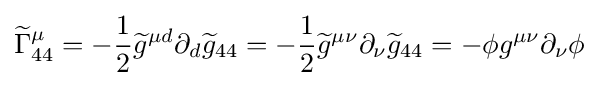
{\widetilde {\Gamma }}_{44}^{\mu }=-{\frac {1}{2}}{\widetilde {g}}^{\mu d}\partial _{d}{\widetilde {g}}_{44}=-{\frac {1}{2}}{\widetilde {g}}^{\mu \nu }\partial _{\nu }{\widetilde {g}}_{44}=-\phi g^{\mu \nu }\partial _{\nu }\phi